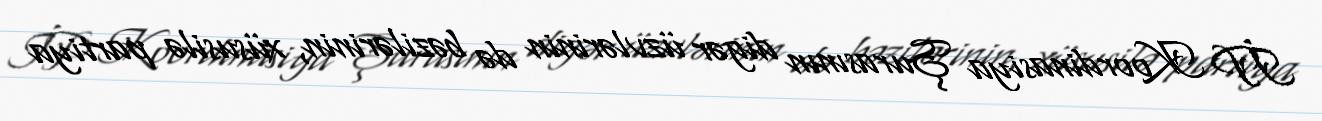
İP Koordinasiya Şurasının digər üzvlərinin də bəzilərinin, xüsusilə partiya